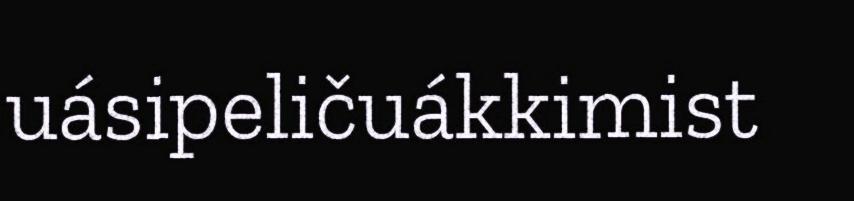
uásipeličuákkimist